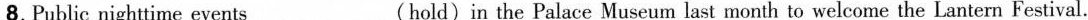
8.Public nighttime events___(hold)in the Palace Museum last month to welcome the Lantern Festival.